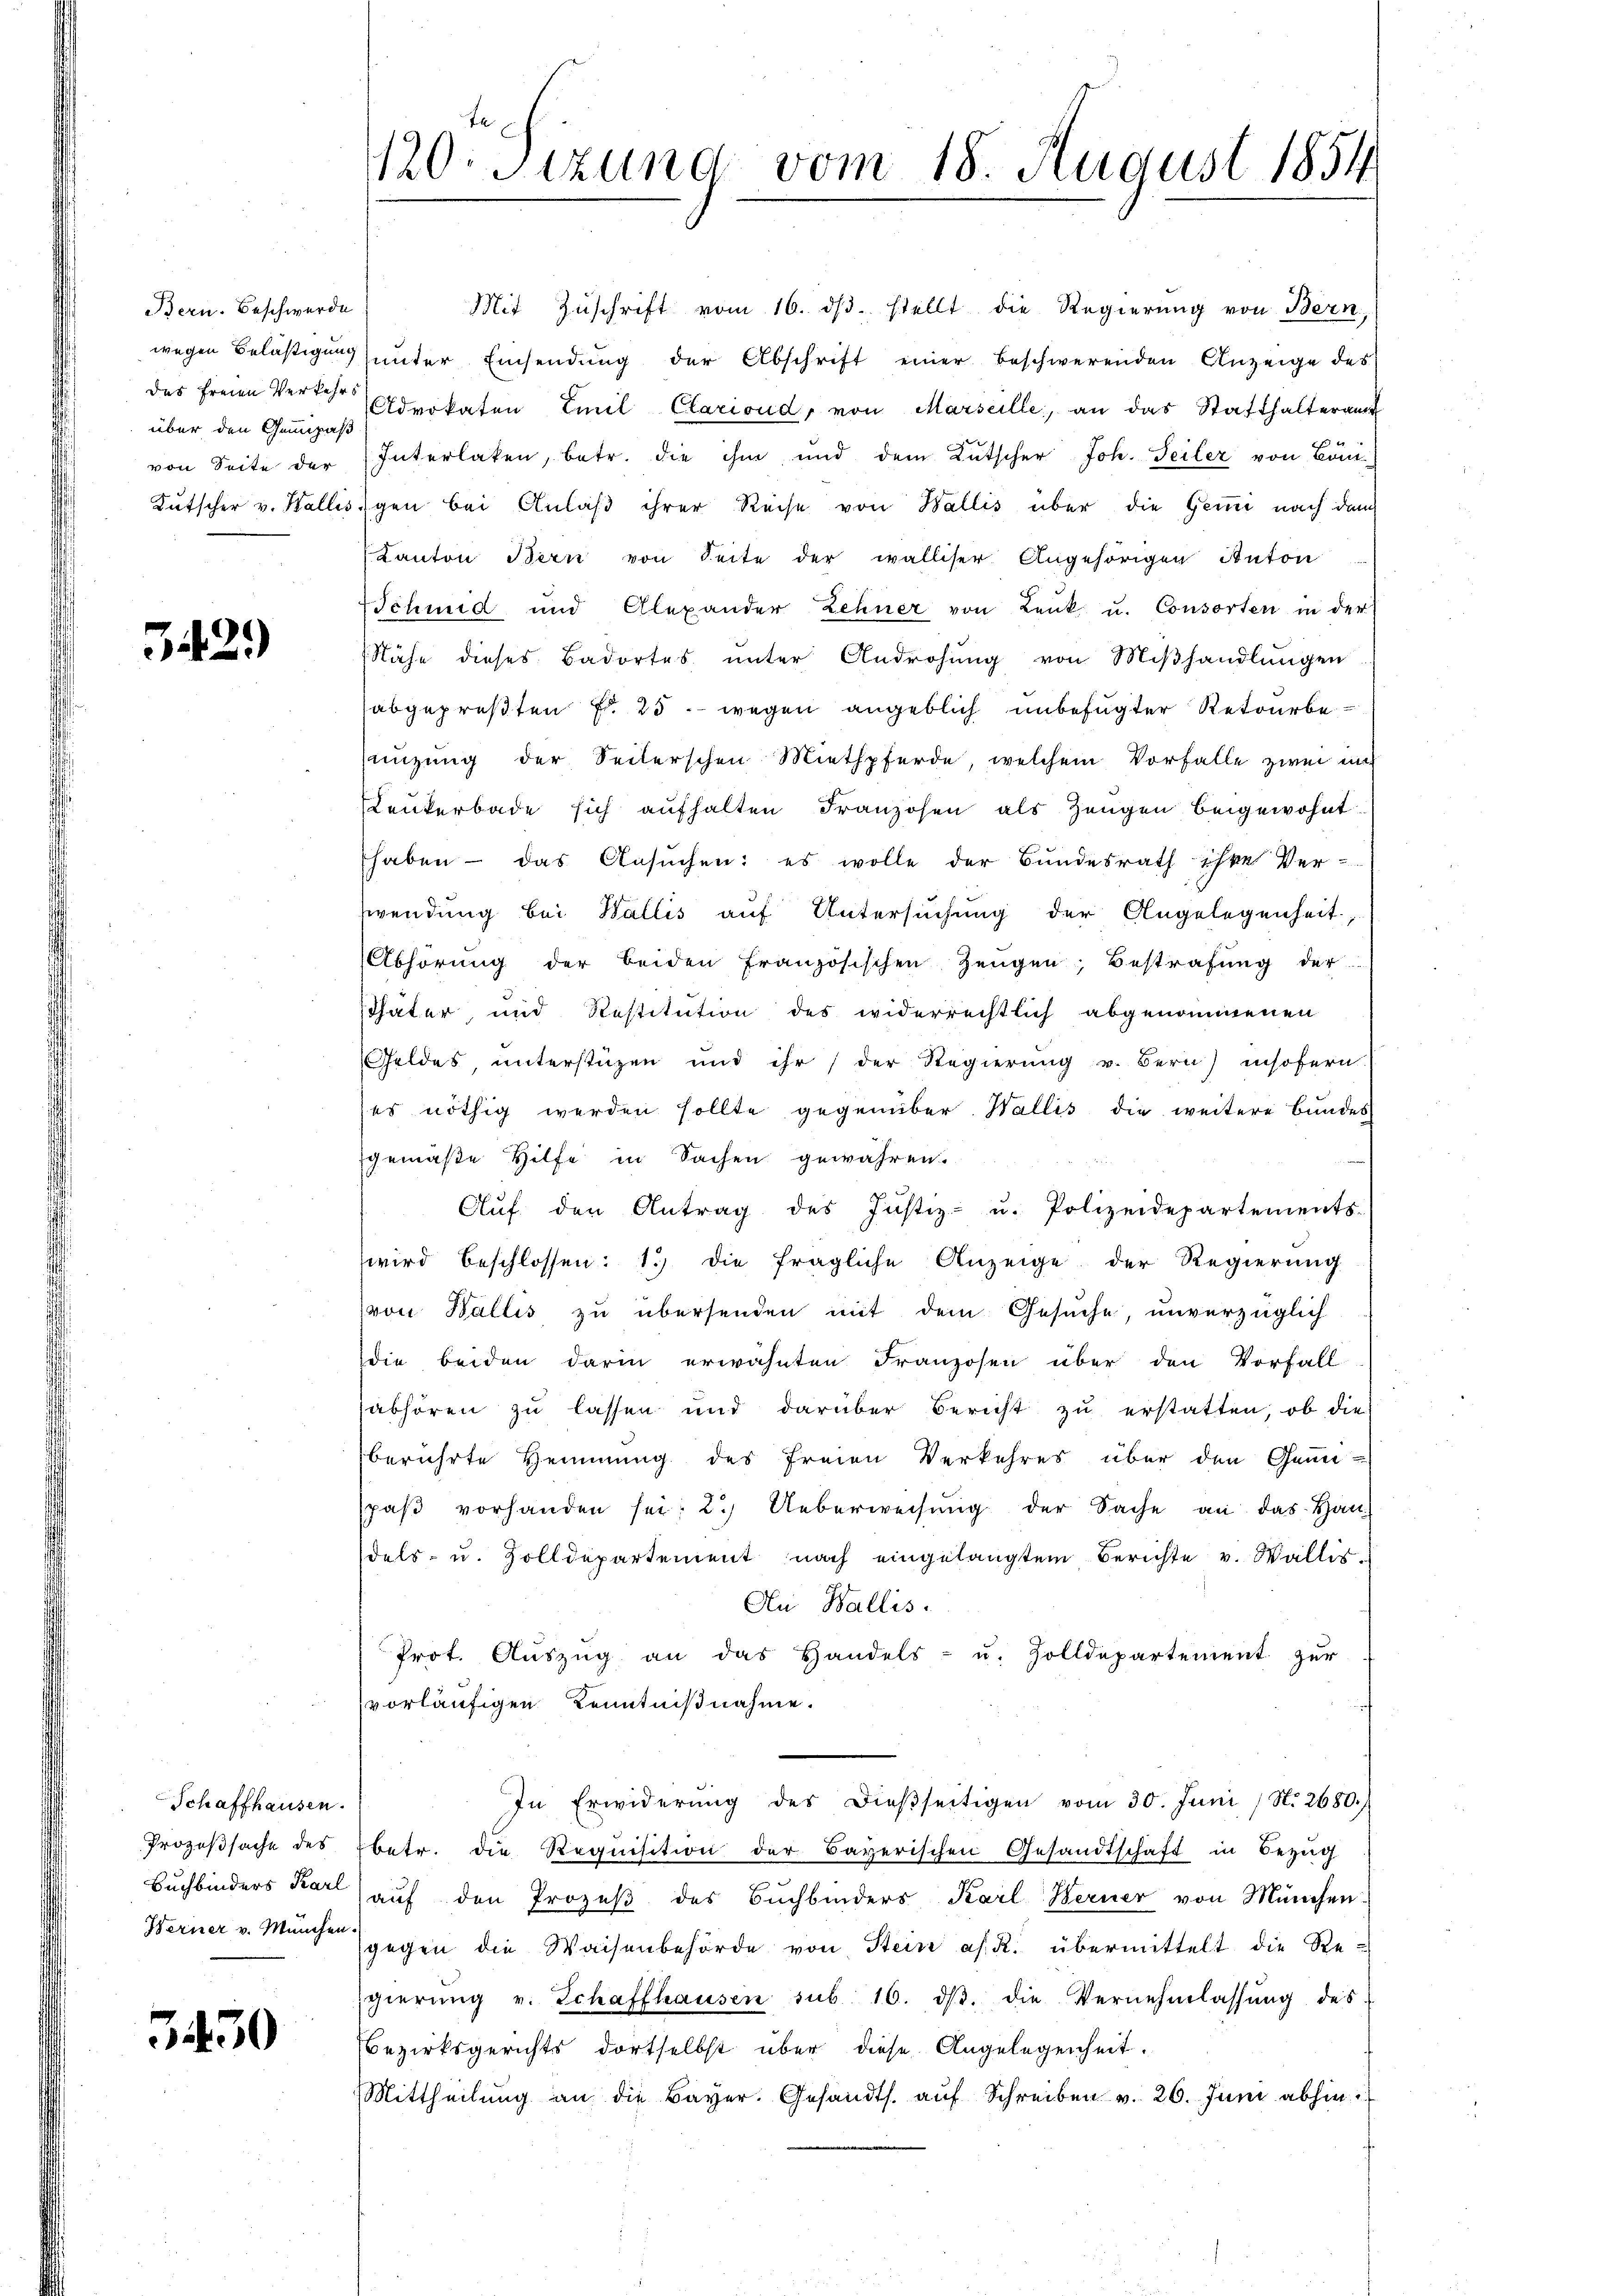
Bern. Beschwerde
über den Gemäß

3.429

Schaffhausen.
Prozeßsache des

3430

120. Sitzung vom 18. August 1854

Mit Zuschrift vom 16. ds. stellt die Regierung von Bern
wegen Belästigung unter Einsendŭng der Abschrift einer beschwerenden Anzeige des
das Freien Verreche Advokaten Emil Clariond, von Marseille, an das Statthalteramt
von Seite der Interlaken, betr. die ihm und dem Kutscher Joh. Seiler von Böni¬
Kutscher v. Wallis gen bei Anlaß ihrer Reise von Wallis über die Gemi nach dem
Kanton Bern von Seite der walliser Angehörigen Anton
Schmid und Alexander Zehner von Lenk u. Consorten in der
Nähe dieses Badortes ŭnter Androhŭng von Miβhandlungen
abgepreßten Fr. 25. wegen angeblich unbefugter Retourbeanzung der Seiterschen Miethpferde, welchem Vorfalle zwei nich
Leukerbade sich aufhalten Franzosen als Zeugen beigewohnt.
haben - das Ansŭchen: es wolle der Bundesrath ihre Ver-
wendung bei Wallis auf Untersuchung der Angelegenheit,
Abhörung der beiden französischen Zeŭgen, Bestrafŭng der
Thäter, und Restitution des widerrechtlich abgenommenen
Geldes, unterstüzen und ihr der Regierung v. Bern) insofern.
es nöthig werden sollte gegenüber Wallis die weitere Bundes
gemäße Hilfe in Sachen gewähren.
Aŭf den Antrag des Justiz- u. Polizeidepartements-
wird beschlossen: 1) die fragliche Anzeige der Regierŭng
(von Wallis zu übersenden mit dem Gesuche, unverzüglich
die beiden darin erwähnten Franzosen über den Vorfall
abhören zu lassen und darüber Bericht zu erstatten, ob die
berührte Hemmung des freien Verkehres über den Genüpaβ vorhanden sei: 2.) Ueberweisŭng der Sache an das Handels- u. Zolldepartement nach eingelangtem Berichte v. Wallis¬
Au Wallis.
Prot. Aŭszŭg an das Handels- u. Zolldepartement zŭr
vorläufigen Kenntnißnahme.
In Erwiderŭng des dieβseitigen vom 30. Juni / N. 2680.)
betr. die Requisition der Bayerischen Gesandtschaft in Bezug
Buchbinders Karl aŭf den Prozeβ des Bŭchbinders Karl Berner von München.
Werner v. Münche gegen die Waisenbehörde von Stein as. R. übermittelt die Regierŭng v. Schaffhausen sub. 16. dβ. die Vernehmlassŭng des
Bezirksgerichts dortselbst über diese Angelegenheit.
Mittheilung an die Bayer. Gesandts. auf Schreiben v. 26. Juni abhin